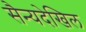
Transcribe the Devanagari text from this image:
सैन्यदेखिल